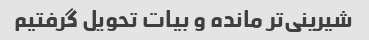
شیرینی‌تر مانده و بیات تحویل گرفتیم